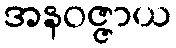
အနဝဇ္ဇာယ